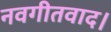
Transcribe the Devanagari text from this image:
नवगीतवाद।